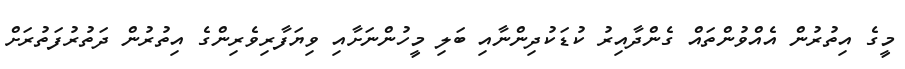
މީގެ އިތުރުން އެއްވުންތައް ގެންދާއިރު ކުޑަކުދިންނާއި ބަލި މީހުންނަށާއި ވިޔަފާރިވެރިންގެ އިތުރުން ދަތުރުފަތުރަށް